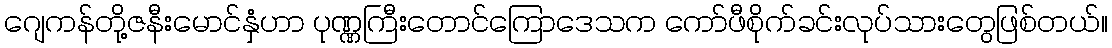
ဂျေကန်တို့ဇနီးမောင်နှံဟာ ပုဏ္ဏကြီးတောင်ကြောဒေသက ကော်ဖီစိုက်ခင်းလုပ်သားတွေဖြစ်တယ်။